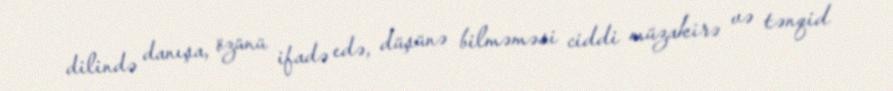
dilində danışa, özünü ifadə edə, düşünə bilməməsi ciddi müzakirə və tənqid